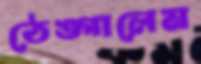
ঠেঙ্গালেম